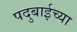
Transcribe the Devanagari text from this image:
पदुबाईच्या